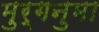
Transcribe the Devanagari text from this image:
मुर्गनुमा